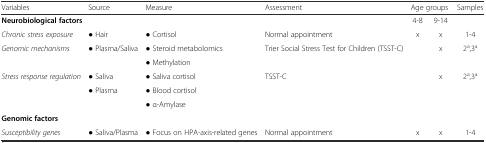
| Variables | Source | Measure | Assessment | <COLSPAN=2> Age groups | Samples |
 | --- | --- | --- | --- | --- | --- | --- |
 | <COLSPAN=2> Neurobiological factors |  |  | 4-8 | 9-14 |  |
 | Chronic stress exposure | ● Hair | ● Cortisol | Normal appointment | x | x | 1-4 |
 | <ROWSPAN=2> Genomic mechanisms | <ROWSPAN=2> ● Plasma/Saliva | ● Steroid metabolomics | <ROWSPAN=2> Trier Social Stress Test for Children (TSST-C) | <ROWSPAN=2>  | <ROWSPAN=2> x | <ROWSPAN=2> 2a,3a |
 | ● Methylation |
 | <ROWSPAN=3> Stress response regulation | ● Saliva | ● Saliva cortisol | <ROWSPAN=3> TSST-C | <ROWSPAN=3>  | <ROWSPAN=3> x | <ROWSPAN=3> 2a,3a |
 | <ROWSPAN=2> ● Plasma | ● Blood cortisol |
 | ● α-Amylase |
 | <COLSPAN=2> Genomic factors |  |  |  |  |  |
 | Susceptibility genes | ● Saliva/Plasma | ● Focus on HPA-axis-related genes | Normal appointment | x | x | 1-4 |